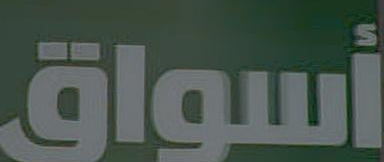
أسواق